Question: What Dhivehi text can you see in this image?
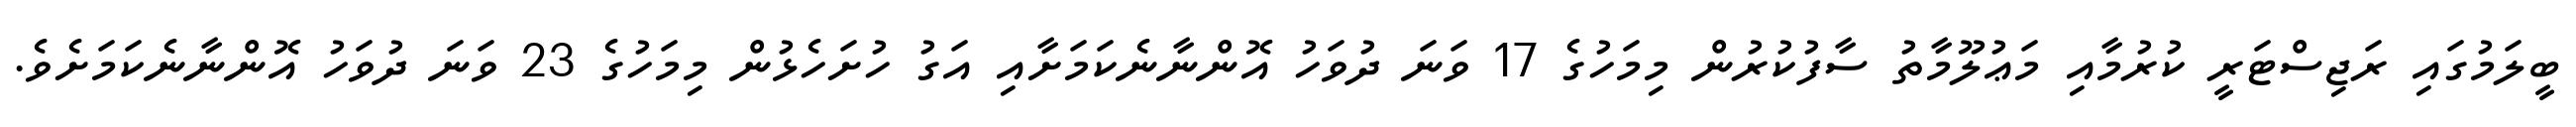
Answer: ބީލަމުގައި ރަޖިސްޓަރީ ކުރުމާއި މަޢުލޫމާތު ސާފުކުރުން މިމަހުގެ 17 ވަނަ ދުވަހު އޮންނާނެކަމަށާއި އަގު ހުށަހެޅުން މިމަހުގެ 23 ވަނަ ދުވަހު އޮންނާނެކަމަށެވެ.